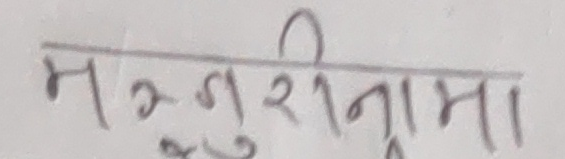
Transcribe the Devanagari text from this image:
मञ्जुरीनामा